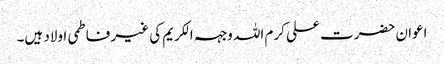
اعوان حضرت علی کرم اللہ وجہہ الکریم کی غیر فاطمی اولاد ہیں۔